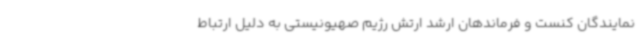
نمایندگان کنست و فرماندهان ارشد ارتش رژیم صهیونیستی به دلیل ارتباط